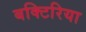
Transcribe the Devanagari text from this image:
बक्टिरिया